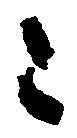
令